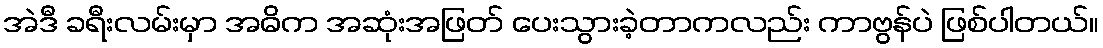
အဲဒီ ခရီးလမ်းမှာ အဓိက အဆုံးအဖြတ် ပေးသွားခဲ့တာကလည်း ကာဗွန်ပဲ ဖြစ်ပါတယ်။